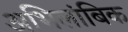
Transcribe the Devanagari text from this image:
अभिलांबिक